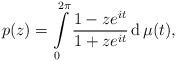
LaTeX: \begin{align*}p(z)=\int\limits_0^{2\pi}\frac{1- ze^{it}}{1+ze^{it}}\operatorname{d}\mu(t),\end{align*}